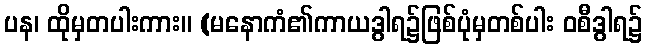
ပန၊ ထိုမှတပါးကား။ (မနောကံ၏ကာယဒွါရ၌ဖြစ်ပုံမှတစ်ပါး ဝစီဒွါရ၌